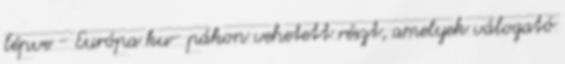
lépve - Európa ku- pákon vehetett részt, amelyek válogató